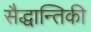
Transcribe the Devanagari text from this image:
सैद्धान्तिकी